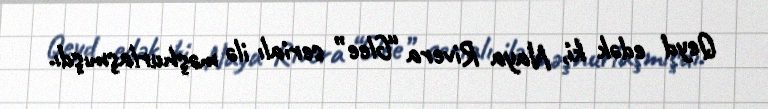
Qeyd edək ki, Naya Rivera “Glee” serialı ilə məşhurlaşmışdı.